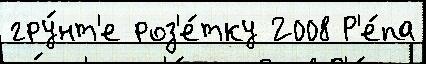
гру́нт'е роз'е́тку 2008 Р'е́па